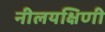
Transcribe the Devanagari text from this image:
नीलयक्षिणी